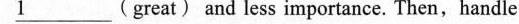
\underline{1}(great) and less importance. Then,handle